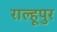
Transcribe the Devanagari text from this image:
राल्हूपुर